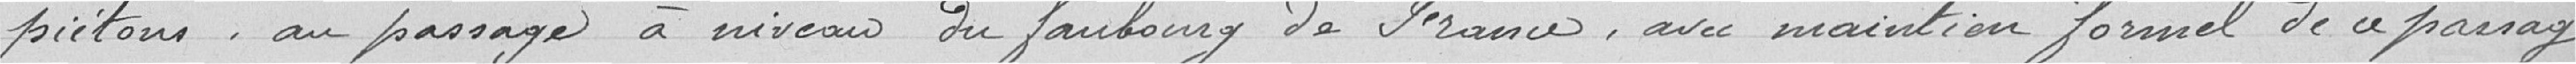
piétons, au passage à niveau du faubourg de France, avec maintien formel de ce passage